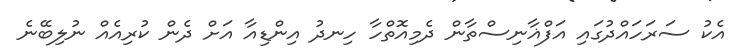
އެކު ސަރަހައްދުގައި އަފްޣާނިސްތާން ދެމިއޮތްހާ ހިނދު އިންޑިއާ އަށް ދެން ކުރިއެއް ނުލިބޭނެ